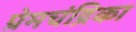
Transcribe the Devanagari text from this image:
प्रेमचंद्रिका